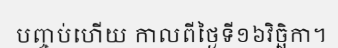
បញ្ចប់ហើយ កាលពីថ្ងៃទី១៦វិច្ឆិកា។